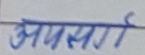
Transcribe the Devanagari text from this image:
अपसर्ग